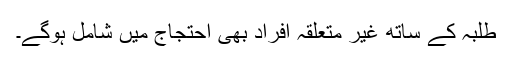
طلبہ کے ساتھ غیر متعلقہ افراد بھی احتجاج میں شامل ہوگے۔